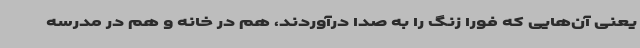
یعنی آن‌هایی که فوراً زنگ را به صدا درآوردند، هم در خانه و هم در مدرسه